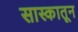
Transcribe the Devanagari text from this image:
सास्कातून